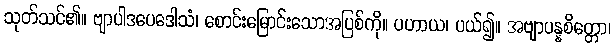
သုတ်သင်၏။ ဗျာပါဒပေဒေါသံ၊ စောင်းမြောင်းသောအပြစ်ကို။ ပဟာယ၊ ပယ်၍။ အဗျာပန္နစိတ္တော၊